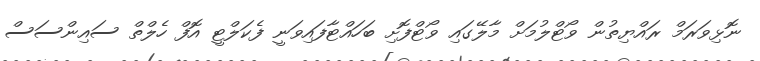
ނޮޅިވަރަމް ރައްޔިތުން ވޯޓްލުމަށް މާލޭގައި ވޯޓްފޮށި ބަހައްޓާފައިވަނީ ފެކަލްޓީ އޮފް ހެލްތް ސައިންސަސް